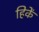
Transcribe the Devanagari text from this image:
हिकें